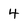
Character: 4